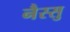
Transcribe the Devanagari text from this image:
नैस्सु